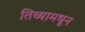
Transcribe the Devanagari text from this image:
तिच्यामधून